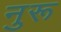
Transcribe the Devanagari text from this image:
नुरू